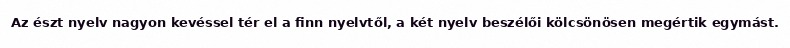
Az észt nyelv nagyon kevéssel tér el a finn nyelvtől, a két nyelv beszélői kölcsönösen megértik egymást.